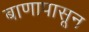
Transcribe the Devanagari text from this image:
बाणापासून